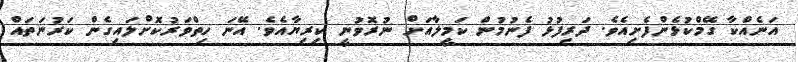
އަނެއްކާ ގޭމްކުޅެންފެށިއެވެ. ދަރިފުޅު ފެނުމުން ކަމީލާއަށް ނުރޮވުނީ ކިރިޔާއެވެ. އޭނަ ހިތްވަރުކޮށްލައިގެން ކަރުނަތައް